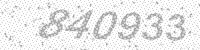
Solution: 840933